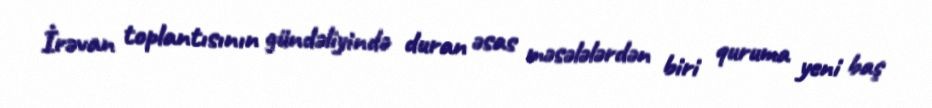
İrəvan toplantısının gündəliyində duran əsas məsələlərdən biri quruma yeni baş